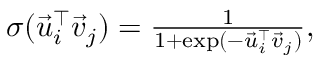
\begin{array} { r } { \sigma ( \vec { u } _ { i } ^ { \top } \vec { v } _ { j } ) = \frac { 1 } { 1 + \exp ( - \vec { u } _ { i } ^ { \top } \vec { v } _ { j } ) } , } \end{array}